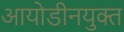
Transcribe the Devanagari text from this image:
आयोडीनयुक्त